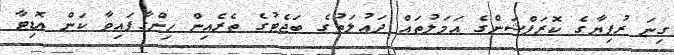
ގިނަ ރުފިޔާގެ ކޮރަޕްޝަންގެ އަމަލުތައް ދައުލަތުގެ ބަޖެޓުގެ ތެރެއިން ހިންގާފައިވާ ކަން އޮޑިޓާ